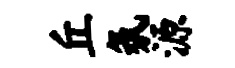
丘氛源